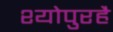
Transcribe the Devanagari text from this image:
श्योपुरहै